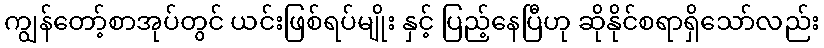
ကျွန်တော့်စာအုပ်တွင် ယင်းဖြစ်ရပ်မျိုး နှင့် ပြည့်နေပြီဟု ဆိုနိုင်စရာရှိသော်လည်း